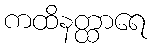
ကထိနတ္ထာရေ